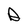
Character: D